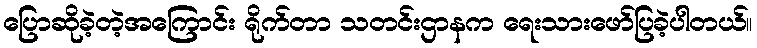
ပြောဆိုခဲ့တဲ့အကြောင်း ရိုက်တာ သတင်းဌာနက ရေးသားဖော်ပြခဲ့ပါတယ်။